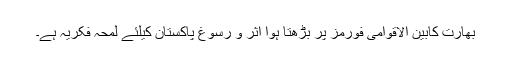
بھارت کابین الاقوامی فورمز پر بڑھتا ہوا اثر و رسوغ پاکستان کیلئے لمحہ فکریہ ہے۔